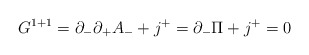
\begin{align*}G^{1+1} = \partial_{-} \partial_{+} A_{-} + j^{+} = \partial_{-} \Pi +j^{+} = 0\end{align*}